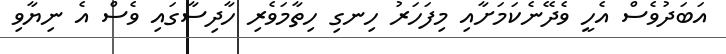
އަބަދުވެސް އެހީ ވެދޭނެކަމަށާއި މިފަހަރު ހިނގި ހިތާމަވެރި ހާދިސާގައި ވެސް އެ ނިޔާވި